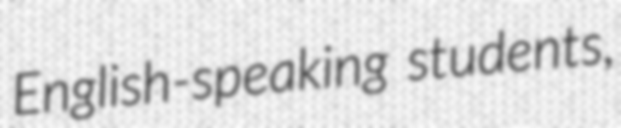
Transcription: English-speaking students,